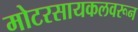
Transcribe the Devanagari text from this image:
मोटरसायकलवरून